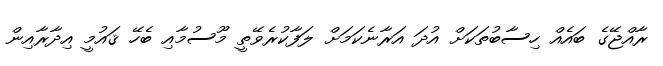
ރާއްޖޭގެ ބައެއް ހިސާބުތަކަށް އުދަ އަރާނެކަމަށް ލަފާކުރެވޭތީ މޫސުމާއި ބެހޭ ޤައުމީ އިދާރާއިން